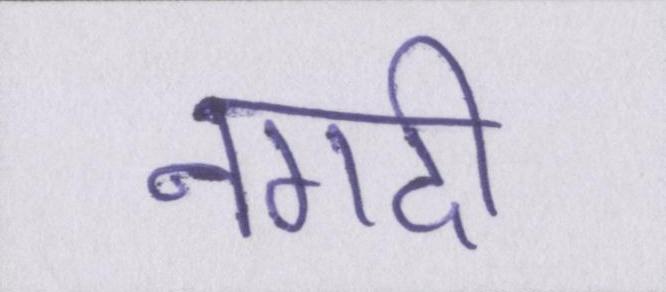
नगदी